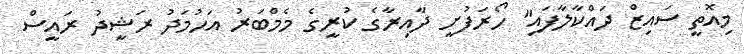
މިއޮތީ ސައިޒް ދައްކާލާފައި" ހޯރަފުށީ ދާއިރާގެ ކުރީގެ މެމްބަރު އަހުމަދު ރަޝީދު ރައީސް